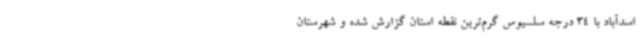
اسدآباد با 34 درجه سلسیوس گرم‌ترین نقطه استان گزارش شده و شهرستان